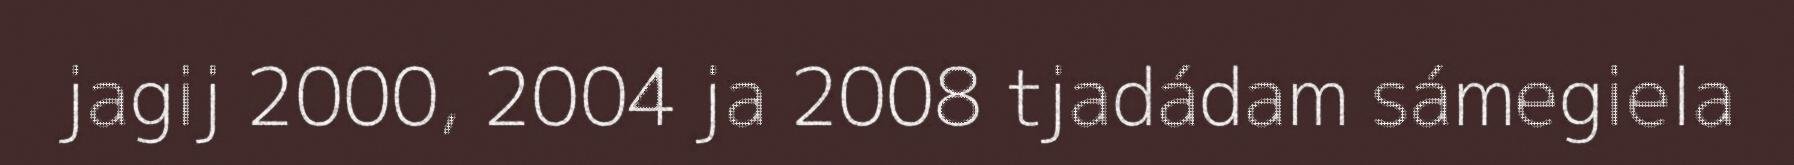
jagij 2000, 2004 ja 2008 tjadádam sámegiela